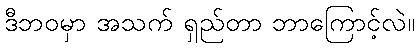
ဒီဘဝမှာ အသက် ရှည်တာ ဘာကြောင့်လဲ။